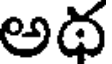
అథ